65_HS1-834228961_62-HQ-83894_Section_8
Agency: FBI
Page 157
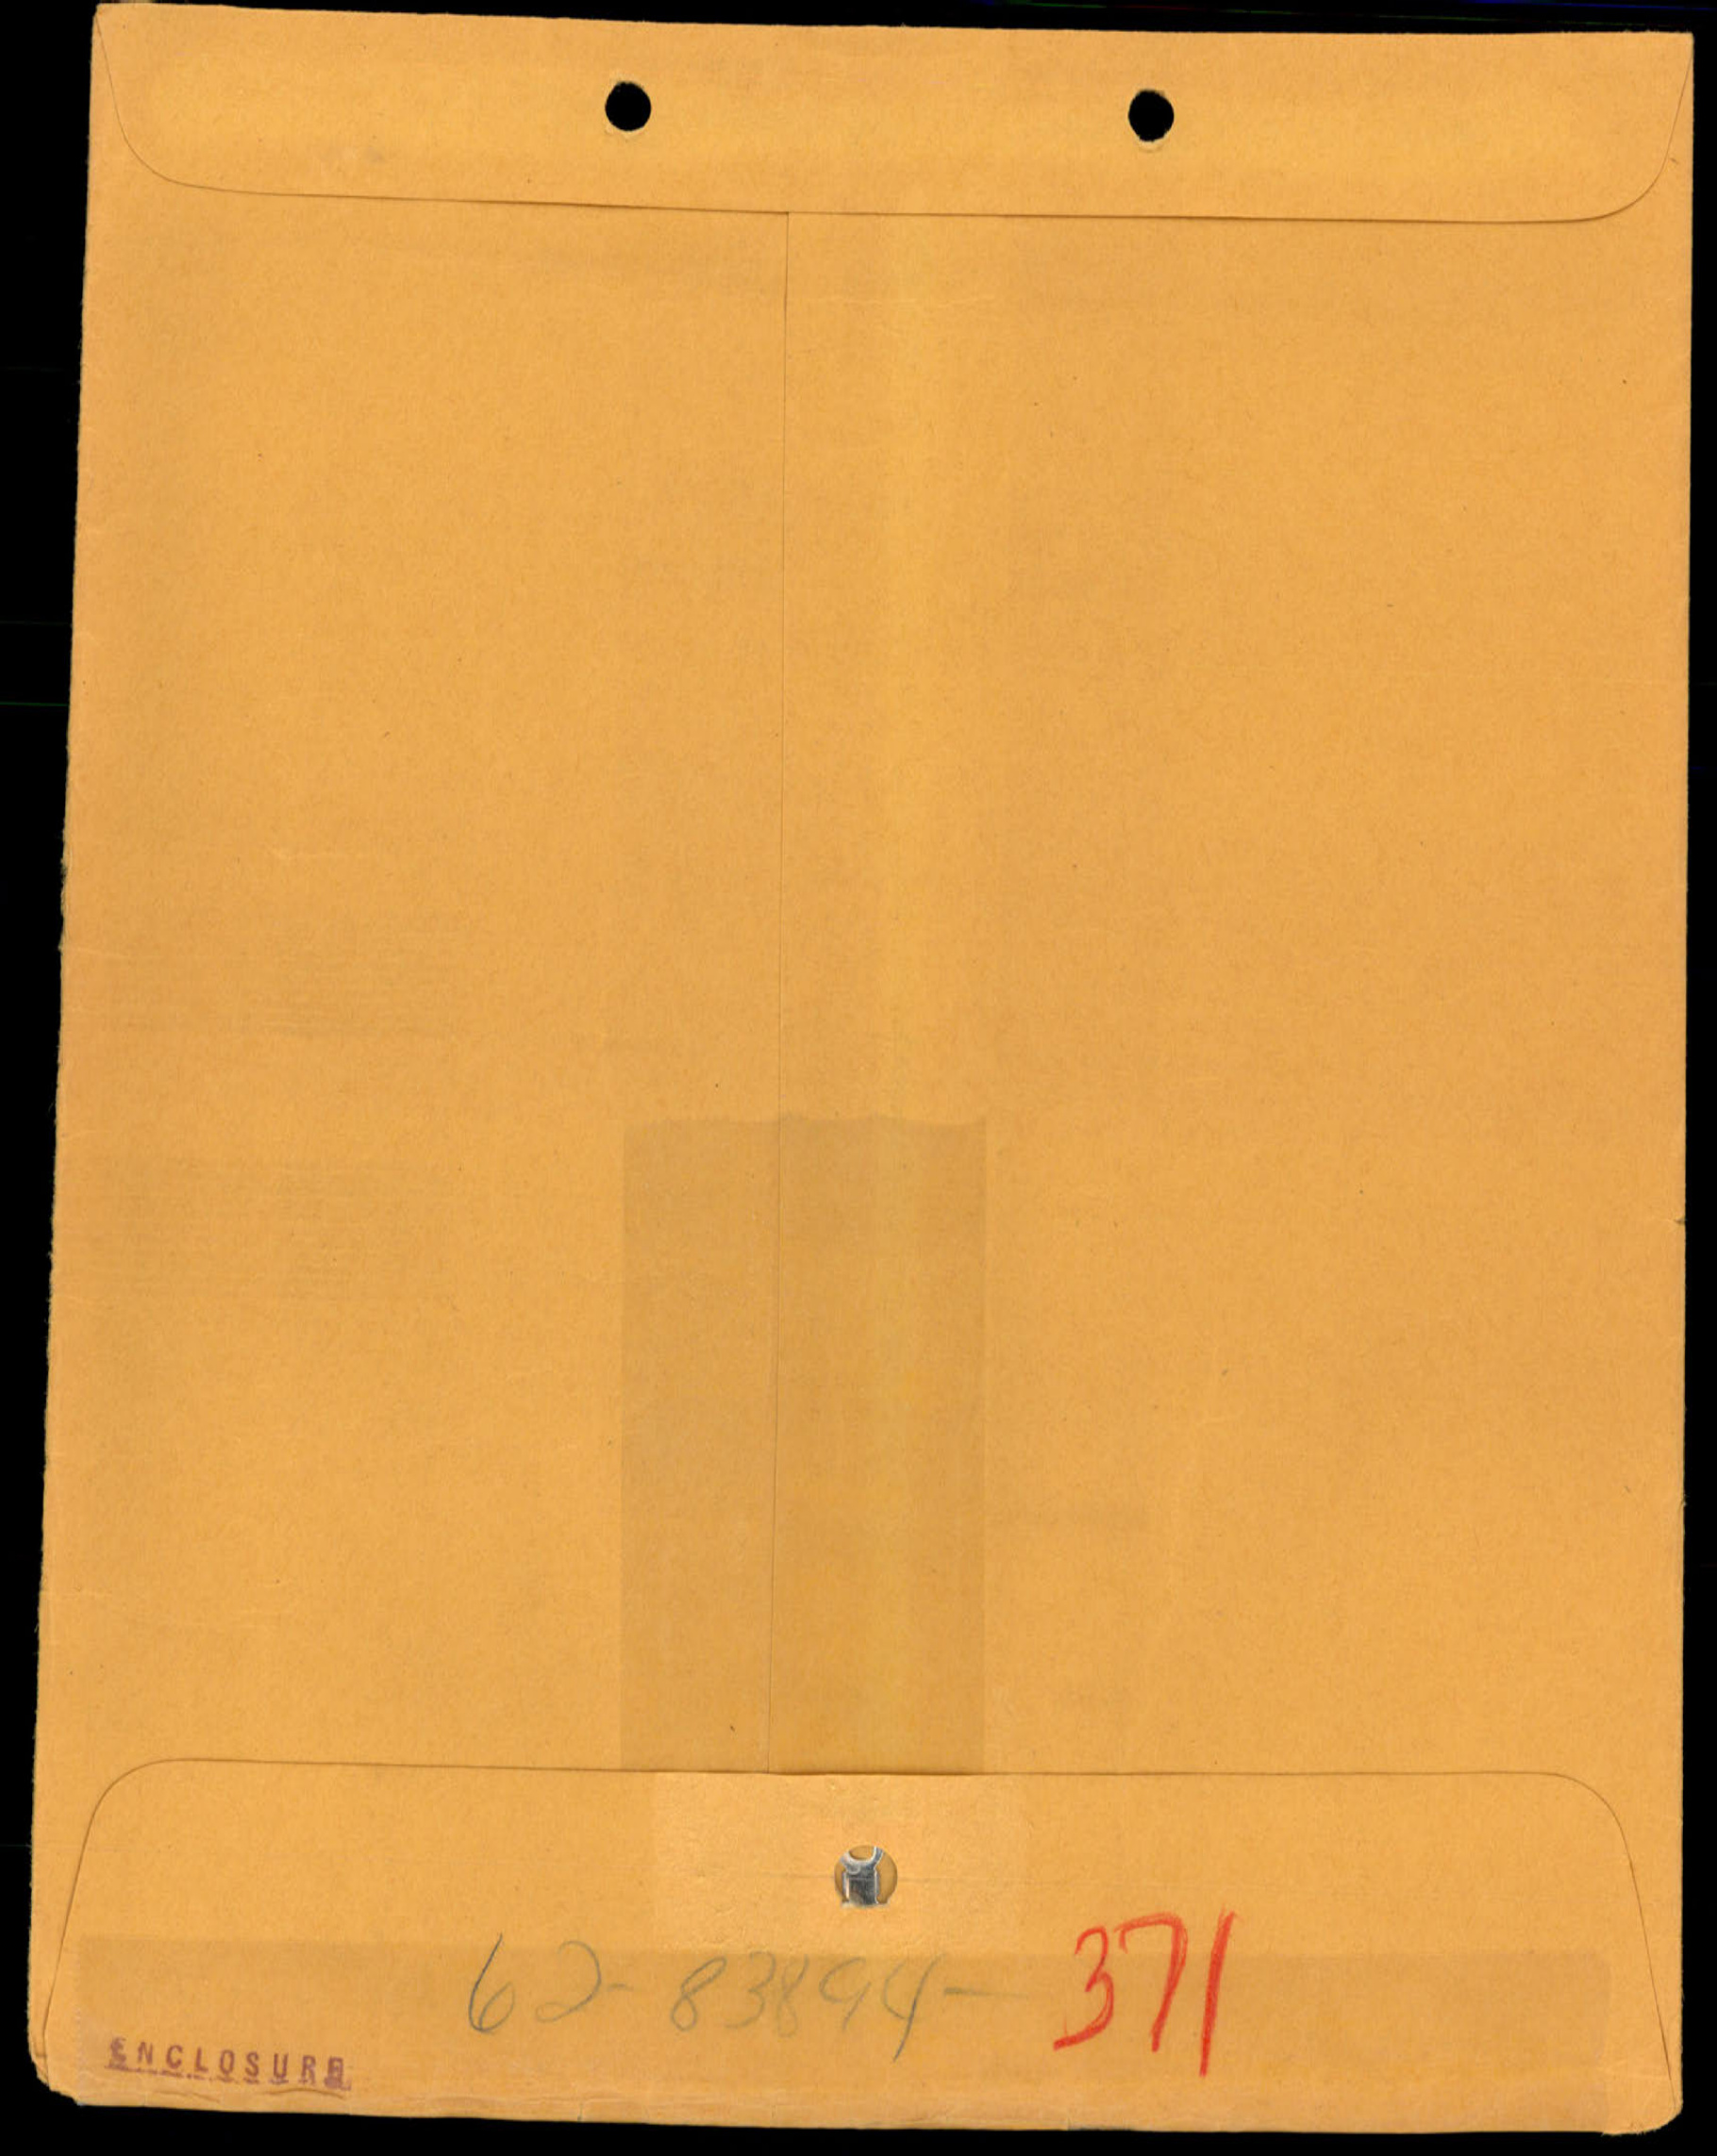